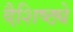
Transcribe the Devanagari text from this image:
वैशि़ष्ठ्ये